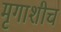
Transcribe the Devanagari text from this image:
मृगाशीच